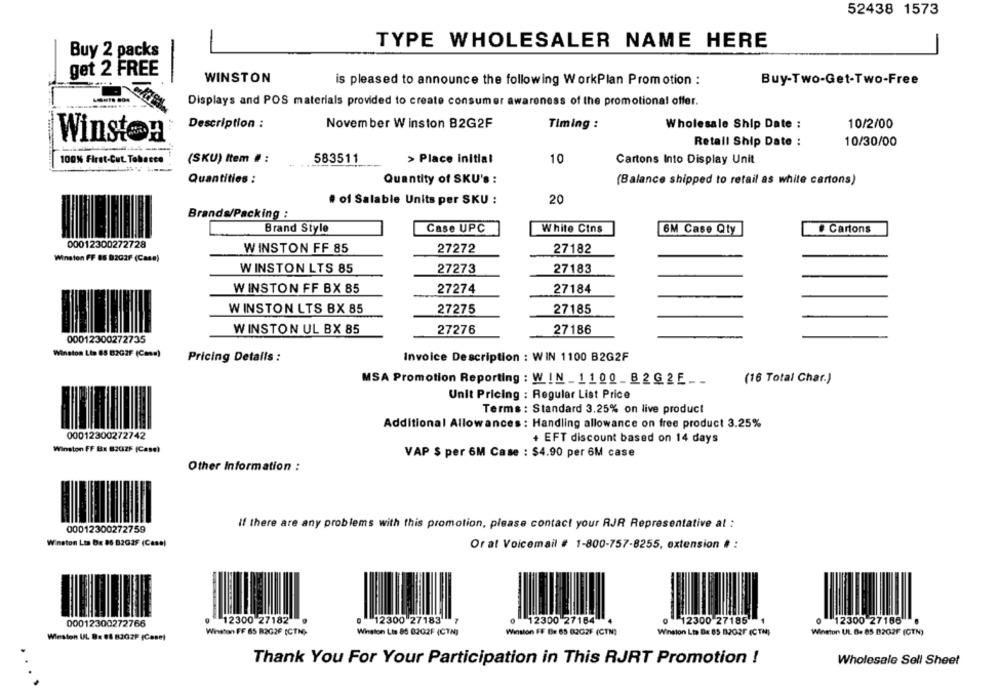
52438 1573
-
TYPE WHOLESALER NAME HERE
Buy 2 packs
get 2 FREE
WINSTON
is pleased to announce the following WorkPlan Promotion :
Buy-Two-Get-Two-Free
Displays and POS materials provided to create consumer awareness of the promotional offer.
Description :
November Winston 82G2F
Timing :
Wholesale Ship Date :
10/2/00
Winsten
Retall Ship Date :
10/30/00
100% First-Cut. Tabasco
(SKU) Item # :
583511
> Place initial
10
Cartons Into Display Unit
Quantities :
Quantity of SKU's :
(Balance shipped to retail as white cartons)
# of Salable Units per SKU :
20
Brands/Packing :
Brand Style
Case UPC
White Cins
# Cartons
6M Case Qty
00012300272728
WINSTON FF 85
27272
27182
Winston FF 85 8202F (Casa)
WINSTON LTS 85
27273
27183
WINSTON FF BX 85
27274
27184
WINSTON LTS BX 85
27275
27185
WINSTON UL BX 85
27276
27186
00012300272735
Winston Lts 85 8202F (Con=)
Pricing Details :
Invoice Description : WIN 1100 B2G2F
MSA Promotion Reporting : WIN _ 1100_B2G2E __
(16 Total Char.)
Unit Pricing : Regular List Price
Terms : Standard 3.25% on live product
Additional Allowances : Handling allowance on free product 3.25%
00012300272742
+ EFT discount based on 14 days
Winston FF Bx 8202F (Case)
VAP $ per 6M Case : $4.90 per 6M case
Other Information :
If there are any problems with this promotion, please contact your RJR Representative at :
00012300272759
Winston Lts Da 86 82G2F (Casa)
Or at Voicemail # 1-800-757-8255, extension # :
00012300272766
12300 27182
. 12300 27183 7
0 12300 27184
12300 27185 1
0 12300 27185 6
Winston UL 8: 88 8202F (Case)
Winston FF 85 B2G2F (CTN)-
Winston Lis 85 0202F (CTN]
Winston FF Bx 65 82G2F (CTN)
Winston Lts Bx 85 8202F (CTN)
Winston UL B. 85 8202F (GTN)
Thank You For Your Participation in This RJRT Promotion !
Wholesale Sell Sheet